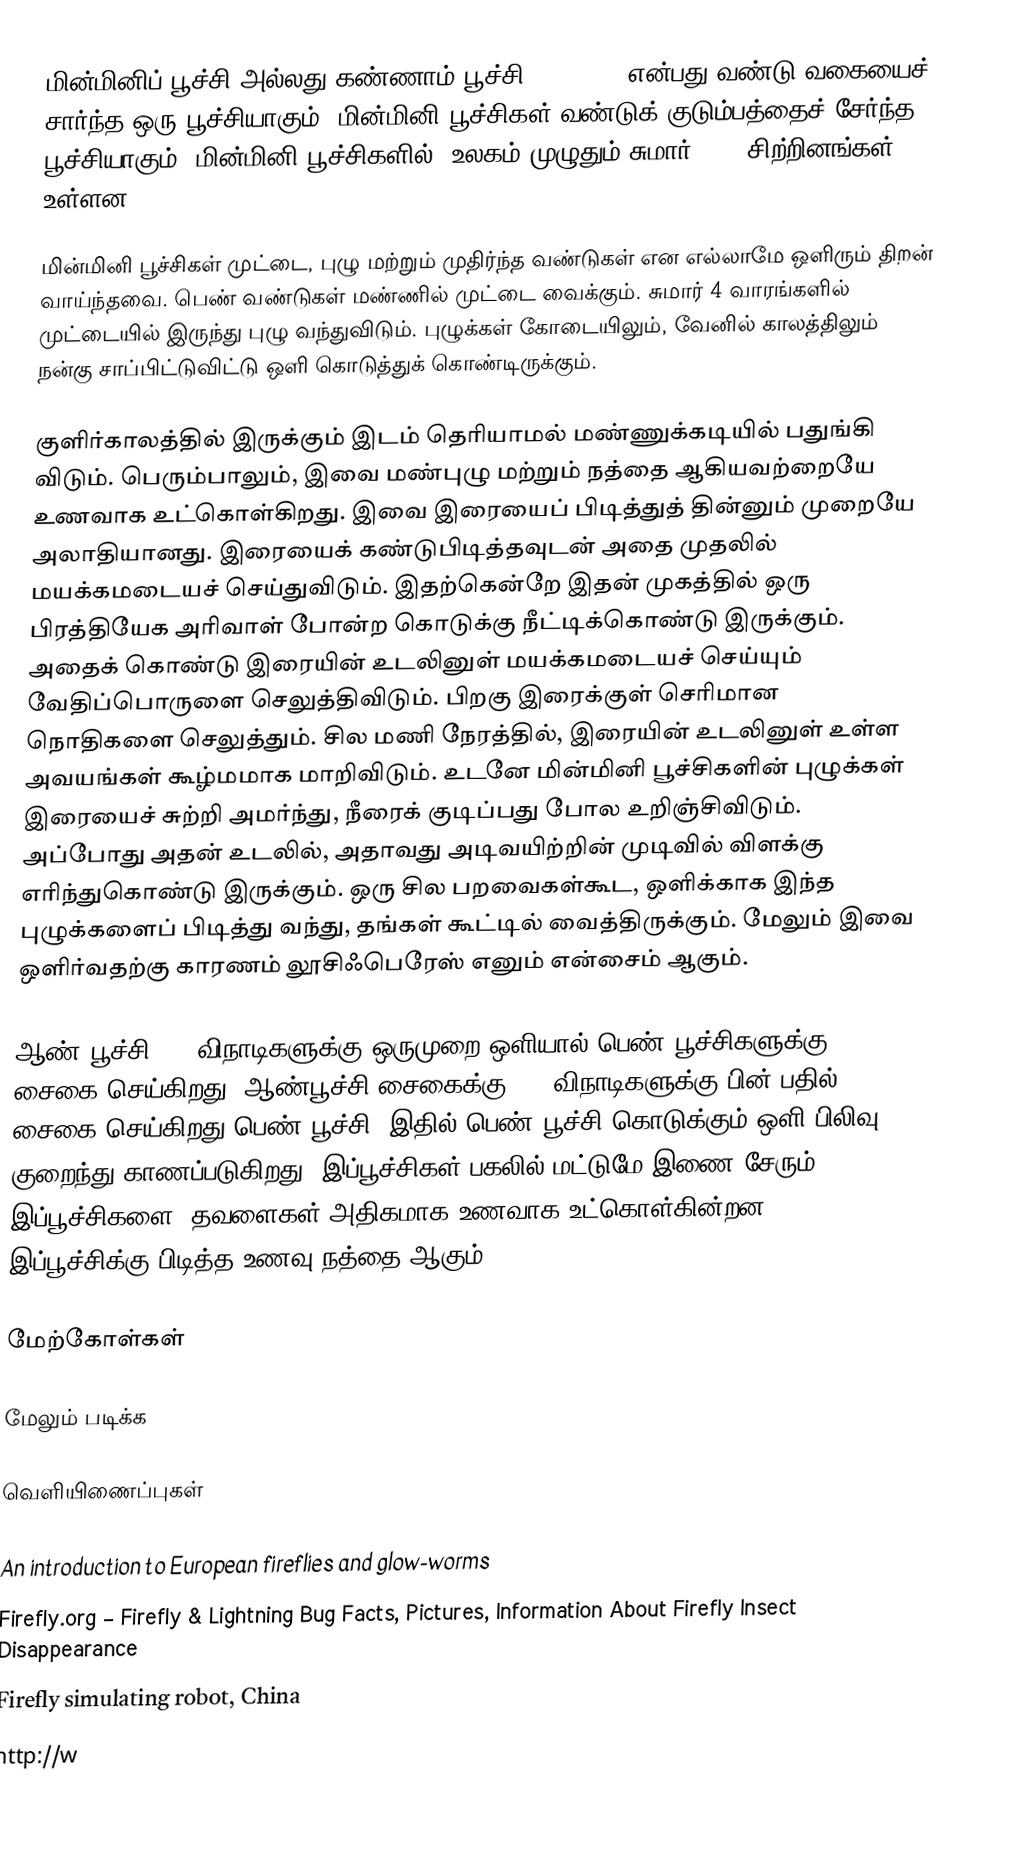
மின்மினிப் பூச்சி அல்லது கண்ணாம் பூச்சி (Firefly) என்பது வண்டு வகையைச் சார்ந்த ஒரு பூச்சியாகும். மின்மினி பூச்சிகள் வண்டுக் குடும்பத்தைச் சேர்ந்த பூச்சியாகும். மின்மினி பூச்சிகளில், உலகம் முழுதும் சுமார் 2000 சிற்றினங்கள் உள்ளன.

மின்மினி பூச்சிகள் முட்டை, புழு மற்றும் முதிர்ந்த வண்டுகள் என எல்லாமே ஒளிரும் திறன் வாய்ந்தவை. பெண் வண்டுகள் மண்ணில் முட்டை வைக்கும். சுமார் 4 வாரங்களில் முட்டையில் இருந்து புழு வந்துவிடும். புழுக்கள் கோடையிலும், வேனில் காலத்திலும் நன்கு சாப்பிட்டுவிட்டு ஒளி கொடுத்துக் கொண்டிருக்கும்.

குளிர்காலத்தில் இருக்கும் இடம் தெரியாமல் மண்ணுக்கடியில் பதுங்கி விடும். பெரும்பாலும், இவை மண்புழு மற்றும் நத்தை ஆகியவற்றையே உணவாக உட்கொள்கிறது.  இவை இரையைப் பிடித்துத் தின்னும் முறையே அலாதியானது. இரையைக் கண்டுபிடித்தவுடன் அதை முதலில் மயக்கமடையச் செய்துவிடும்.  இதற்கென்றே இதன் முகத்தில் ஒரு பிரத்தியேக அரிவாள் போன்ற கொடுக்கு நீட்டிக்கொண்டு இருக்கும். அதைக் கொண்டு இரையின் உடலினுள் மயக்கமடையச் செய்யும் வேதிப்பொருளை செலுத்திவிடும். பிறகு இரைக்குள் செரிமான நொதிகளை செலுத்தும். சில மணி நேரத்தில், இரையின் உடலினுள் உள்ள அவயங்கள் கூழ்மமாக மாறிவிடும். உடனே மின்மினி பூச்சிகளின் புழுக்கள் இரையைச் சுற்றி அமர்ந்து, நீரைக் குடிப்பது போல உறிஞ்சிவிடும். அப்போது அதன் உடலில், அதாவது அடிவயிற்றின் முடிவில் விளக்கு எரிந்துகொண்டு இருக்கும். ஒரு சில பறவைகள்கூட, ஒளிக்காக இந்த புழுக்களைப் பிடித்து வந்து, தங்கள் கூட்டில் வைத்திருக்கும். மேலும் இவை ஒளிர்வதற்கு காரணம் லூசிஃபெரேஸ் எனும் என்சைம் ஆகும்.

ஆண் பூச்சி 5.8 விநாடிகளுக்கு ஒருமுறை ஒளியால் பெண் பூச்சிகளுக்கு சைகை செய்கிறது. ஆண்பூச்சி சைகைக்கு 2.1 விநாடிகளுக்கு பின் பதில் சைகை செய்கிறது பெண் பூச்சி. இதில் பெண் பூச்சி கொடுக்கும் ஒளி பிலிவு குறைந்து காணப்படுகிறது. இப்பூச்சிகள் பகலில் மட்டுமே இணை சேரும். இப்பூச்சிகளை, தவளைகள் அதிகமாக உணவாக உட்கொள்கின்றன. இப்பூச்சிக்கு பிடித்த உணவு நத்தை ஆகும்.

மேற்கோள்கள்

மேலும் படிக்க

வெளியிணைப்புகள்

 An introduction to European fireflies and glow-worms
 Firefly.org – Firefly & Lightning Bug Facts, Pictures, Information About Firefly Insect Disappearance
 Firefly simulating robot, China
 http://w